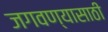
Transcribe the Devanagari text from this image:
जगवण्यासाठी